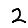
Digit: 2